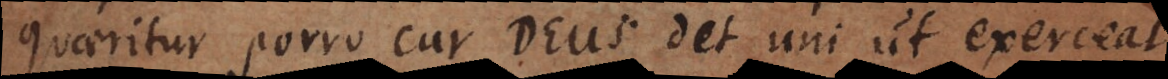
quaeritur porro cur Deus det uni ut exerceat